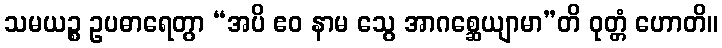
သမယဉ္စ ဥပဓာရေတွာ “အပိ ဧဝ နာမ သွေ အာဂစ္ဆေယျာမာ”တိ ဝုတ္တံ ဟောတိ။